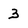
Character: 3